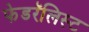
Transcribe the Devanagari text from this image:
फेडरॅलिस्ट